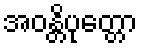
အဝန္တိပုတ္တော